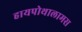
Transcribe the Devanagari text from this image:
हायपोथालामस